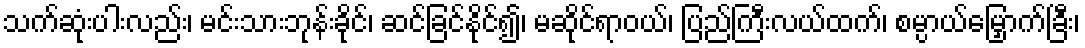
သက်ဆုံးပါးလည်း၊ မင်းသားဘုန်းခိုင်၊ ဆင်ခြင်နိုင်၍၊ မဆိုင်ရာဝယ်၊ ပြည်ကြီးလယ်ထက်၊ စမ္ပာယ်မြှောက်ခြီး၊